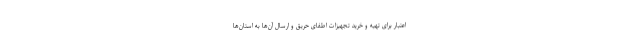
اعتبار برای تهیه و خرید تجهیزات اطفای حریق و ارسال‌ آن‌ها به استان‌ها